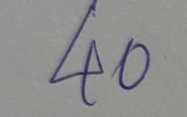
40